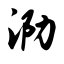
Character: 泐